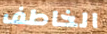
الخاطف